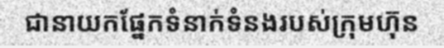
ជានាយកផ្នែកទំនាក់ទំនងរបស់ក្រុមហ៊ុន